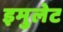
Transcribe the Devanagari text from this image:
इमुलेट